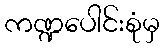
ကဏ္ဍပေါင်းစုံမှ